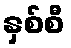
နှစ်စီ